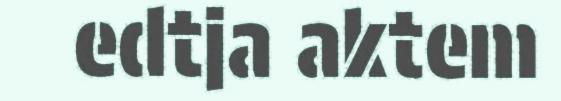
edtja aktem